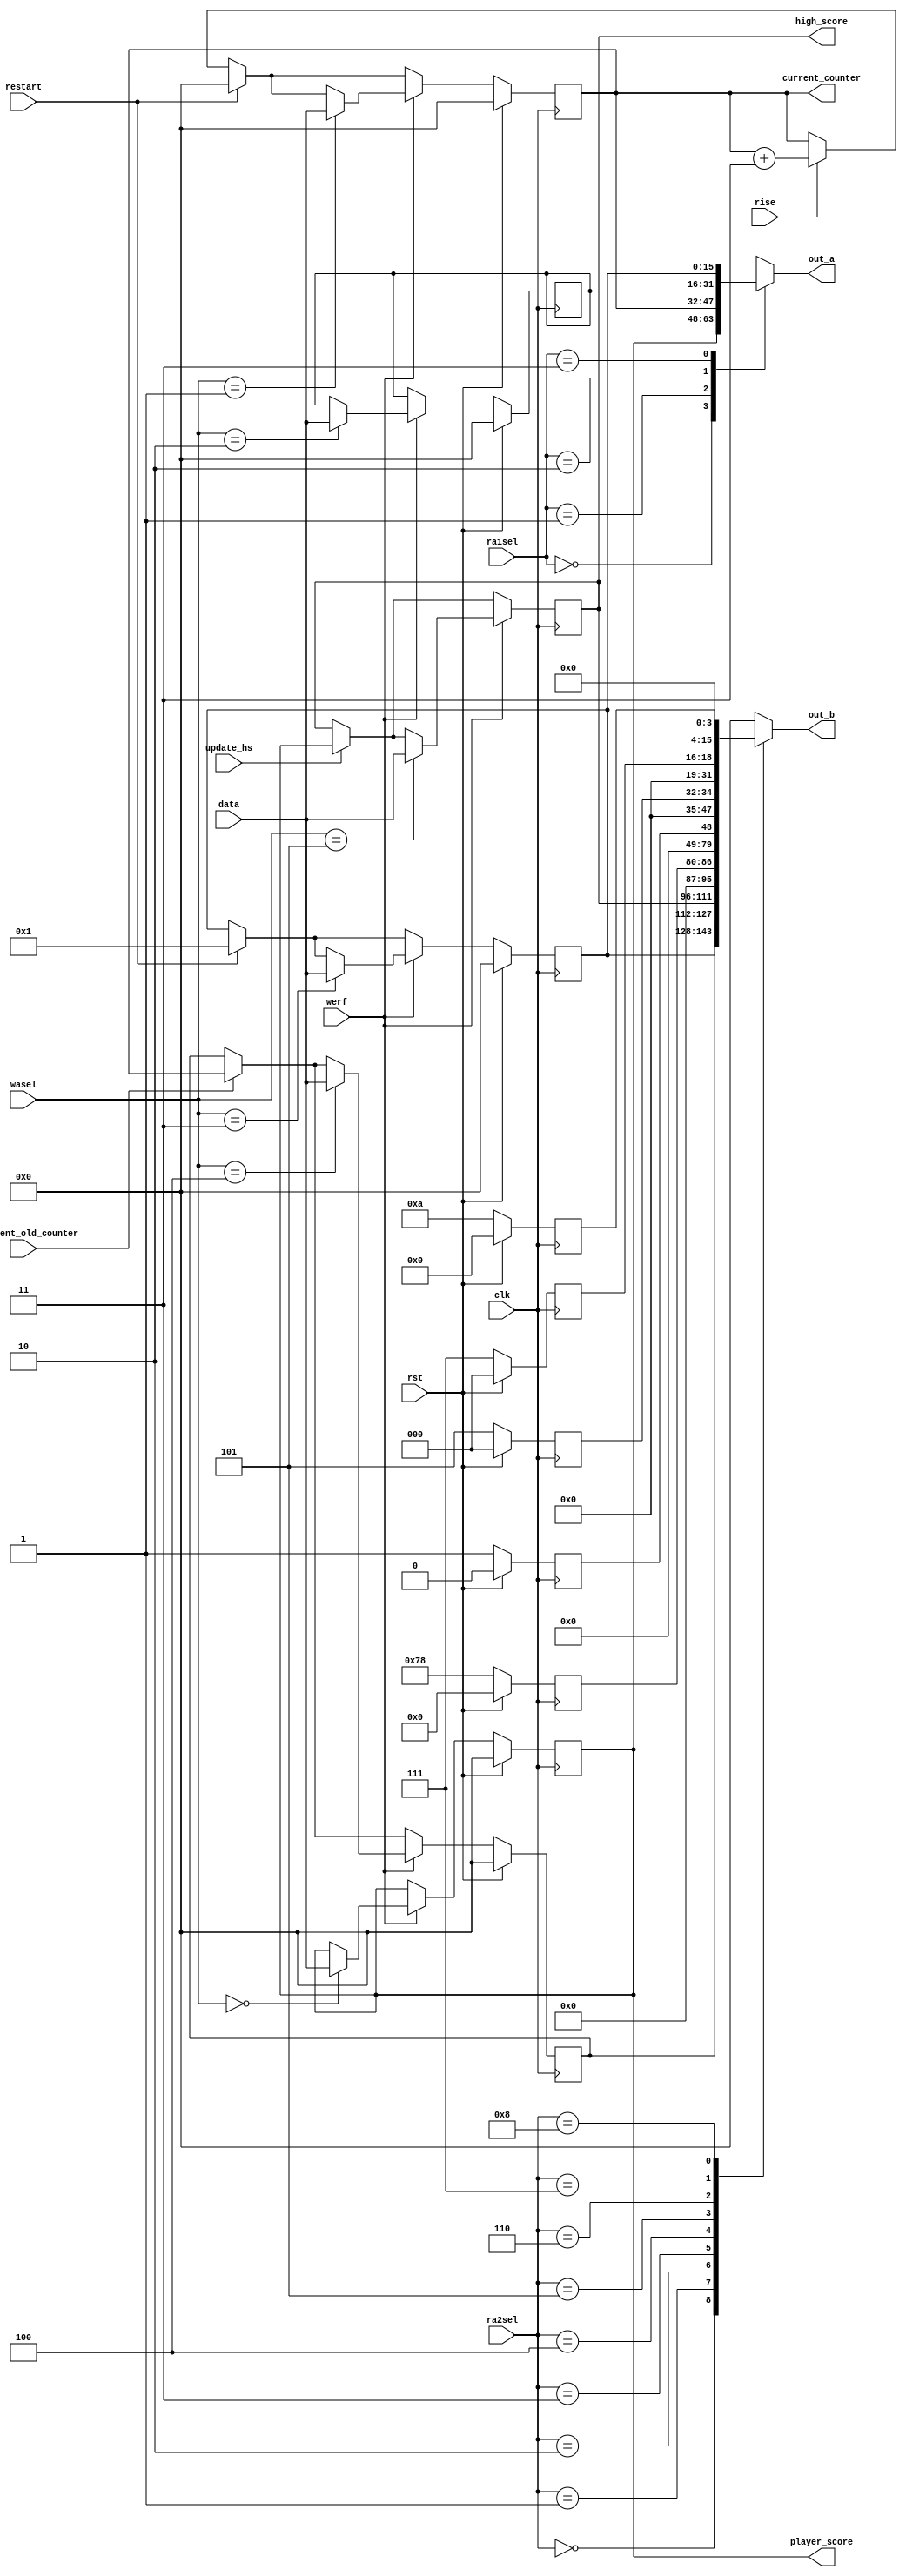
/*
   This file was generated automatically by the Mojo IDE version B1.3.6.
   Do not edit this file directly. Instead edit the original Lucid source.
   This is a temporary file and any changes made to it will be destroyed.
*/

module regfiles_17 (
    input clk,
    input rst,
    input rise,
    input restart,
    input increment_old_counter,
    input update_hs,
    input [15:0] data,
    input werf,
    input [2:0] wasel,
    input [1:0] ra1sel,
    input [3:0] ra2sel,
    output reg [15:0] out_a,
    output reg [15:0] out_b,
    output reg [15:0] current_counter,
    output reg [15:0] player_score,
    output reg [15:0] high_score
  );
  
  
  
  reg [15:0] M_highScore_d, M_highScore_q = 1'h0;
  reg [15:0] M_playerScore_d, M_playerScore_q = 1'h0;
  reg [15:0] M_currentCounter_d, M_currentCounter_q = 1'h0;
  reg [15:0] M_temp_d, M_temp_q = 1'h0;
  reg [15:0] M_oldCounter_d, M_oldCounter_q = 1'h0;
  reg [15:0] M_terminatingNo_d, M_terminatingNo_q = 1'h0;
  reg [15:0] M_streakNo_d, M_streakNo_q = 1'h0;
  reg [15:0] M_constant0_d, M_constant0_q = 1'h0;
  reg [15:0] M_constant1_d, M_constant1_q = 1'h0;
  reg [15:0] M_constant5_d, M_constant5_q = 1'h0;
  reg [15:0] M_constant7_d, M_constant7_q = 1'h0;
  reg [15:0] M_constant10_d, M_constant10_q = 1'h0;
  
  always @* begin
    M_constant7_d = M_constant7_q;
    M_terminatingNo_d = M_terminatingNo_q;
    M_streakNo_d = M_streakNo_q;
    M_constant5_d = M_constant5_q;
    M_oldCounter_d = M_oldCounter_q;
    M_temp_d = M_temp_q;
    M_highScore_d = M_highScore_q;
    M_currentCounter_d = M_currentCounter_q;
    M_constant10_d = M_constant10_q;
    M_constant0_d = M_constant0_q;
    M_playerScore_d = M_playerScore_q;
    M_constant1_d = M_constant1_q;
    
    M_terminatingNo_d = 7'h78;
    M_constant0_d = 1'h0;
    M_constant1_d = 1'h1;
    M_constant5_d = 3'h5;
    M_constant7_d = 3'h7;
    M_constant10_d = 4'ha;
    if (rise) begin
      M_currentCounter_d = M_currentCounter_q + 2'h3;
    end
    current_counter = M_currentCounter_q;
    player_score = M_playerScore_q;
    high_score = M_highScore_q;
    if (restart) begin
      M_currentCounter_d = 1'h0;
      M_streakNo_d = 1'h1;
    end
    if (increment_old_counter) begin
      M_oldCounter_d = M_currentCounter_q;
    end
    if (update_hs) begin
      M_highScore_d = M_playerScore_q;
    end
    if (werf) begin
      
      case (wasel)
        4'h0: begin
          M_playerScore_d = data;
        end
        4'h1: begin
          M_currentCounter_d = data;
        end
        4'h2: begin
          M_temp_d = data;
        end
        4'h3: begin
          M_streakNo_d = data;
        end
        4'h4: begin
          M_oldCounter_d = data;
        end
        4'h5: begin
          M_highScore_d = data;
        end
      endcase
    end
    
    case (ra1sel)
      2'h0: begin
        out_a = M_playerScore_q;
      end
      2'h1: begin
        out_a = M_currentCounter_q;
      end
      2'h2: begin
        out_a = M_temp_q;
      end
      2'h3: begin
        out_a = M_streakNo_q;
      end
      default: begin
        out_a = 16'h0000;
      end
    endcase
    
    case (ra2sel)
      4'h0: begin
        out_b = M_streakNo_q;
      end
      4'h1: begin
        out_b = M_oldCounter_q;
      end
      4'h2: begin
        out_b = M_highScore_q;
      end
      4'h3: begin
        out_b = M_terminatingNo_q;
      end
      4'h4: begin
        out_b = M_constant0_q;
      end
      4'h5: begin
        out_b = M_constant1_q;
      end
      4'h6: begin
        out_b = M_constant5_q;
      end
      4'h7: begin
        out_b = M_constant7_q;
      end
      4'h8: begin
        out_b = M_constant10_q;
      end
      default: begin
        out_b = 16'h0000;
      end
    endcase
  end
  
  always @(posedge clk) begin
    M_highScore_q <= M_highScore_d;
    
    if (rst == 1'b1) begin
      M_playerScore_q <= 1'h0;
      M_currentCounter_q <= 1'h0;
      M_temp_q <= 1'h0;
      M_oldCounter_q <= 1'h0;
      M_terminatingNo_q <= 1'h0;
      M_streakNo_q <= 1'h0;
      M_constant0_q <= 1'h0;
      M_constant1_q <= 1'h0;
      M_constant5_q <= 1'h0;
      M_constant7_q <= 1'h0;
      M_constant10_q <= 1'h0;
    end else begin
      M_playerScore_q <= M_playerScore_d;
      M_currentCounter_q <= M_currentCounter_d;
      M_temp_q <= M_temp_d;
      M_oldCounter_q <= M_oldCounter_d;
      M_terminatingNo_q <= M_terminatingNo_d;
      M_streakNo_q <= M_streakNo_d;
      M_constant0_q <= M_constant0_d;
      M_constant1_q <= M_constant1_d;
      M_constant5_q <= M_constant5_d;
      M_constant7_q <= M_constant7_d;
      M_constant10_q <= M_constant10_d;
    end
  end
  
endmodule